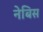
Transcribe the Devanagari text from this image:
नेबिस